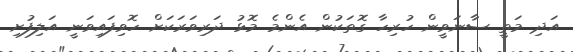
އަދި މަތީ ސާނަވީން ހުރިހާ ގޮތަކުން އެންމެ މޮޅު ދަރިވަރަކަށް ހޮވިފައިވަނީ އަލިފުށި